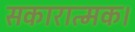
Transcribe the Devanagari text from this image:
सकारात्मक।